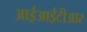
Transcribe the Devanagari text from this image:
आईआईटीआर